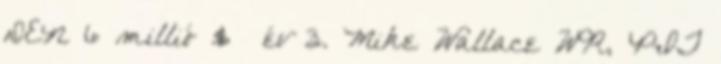
DEN 6 millió $ év 3. Mike Wallace WR, PIT